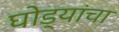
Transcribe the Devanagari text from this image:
घोड्यांचा